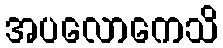
အပလောကေသိ